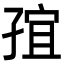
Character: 𭓍